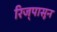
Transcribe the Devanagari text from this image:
रिज्‌पासून